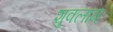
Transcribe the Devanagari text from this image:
शुक्लाम्